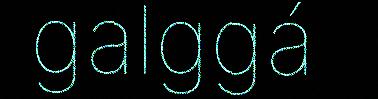
galggá